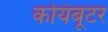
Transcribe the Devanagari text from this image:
कोयंबूटर